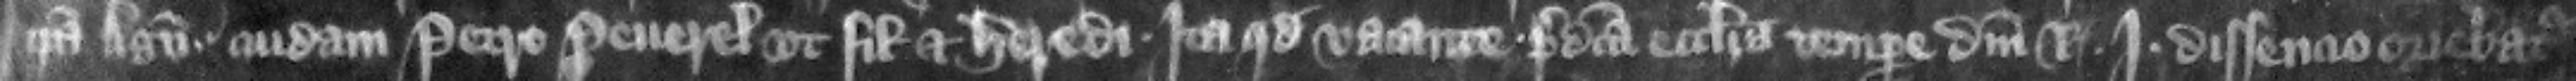
ipsa Agnete cuidam Petro Peuerel vt filio et heredi. ita quod vacante predicta ecclesia tempore domini regis Iohannis dissencio oriebatur